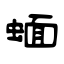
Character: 蜖